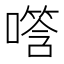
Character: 𪢑